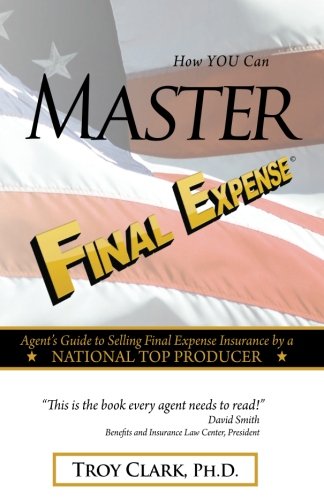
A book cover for How YOU Can MASTER Final Expense: Agent Guide to Serving Life Insurance by a NATIONAL TOP PRODUCER; Troy Clark; Business & Money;